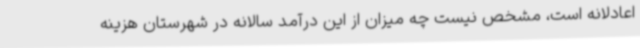
اعادلانه است، مشخص نیست چه میزان از این درآمد سالانه در شهرستان هزینه